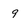
Character: 9